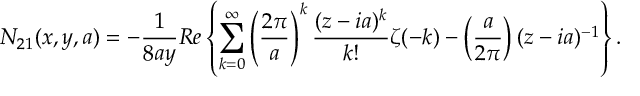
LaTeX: N _ { 2 1 } ( x , y , a ) = - \frac { 1 } { 8 a y } R e \left\{ \sum _ { k = 0 } ^ { \infty } \left( \frac { 2 \pi } { a } \right) ^ { k } \frac { ( z - i a ) ^ { k } } { k ! } \zeta ( - k ) - \left( \frac { a } { 2 \pi } \right) ( z - i a ) ^ { - 1 } \right\} .